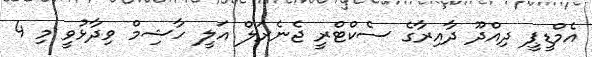
އެމްޑީޕީ ދިއްދޫ ދާއިރާގެ ސެކްޓްރީ ޖެނެރަލް އަލީ ހާޝިމް ވިދާޅުވީ މި 4